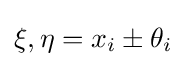
\xi ,\eta =x_{i}\pm \theta _{i}